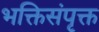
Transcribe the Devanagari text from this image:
भक्तिसंपृक्त